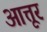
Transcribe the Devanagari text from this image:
आत्तूर